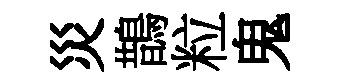
災鵲粒鬼